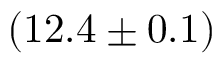
( 1 2 . 4 \pm 0 . 1 )